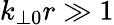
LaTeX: k_{\perp 0}r\gg 1